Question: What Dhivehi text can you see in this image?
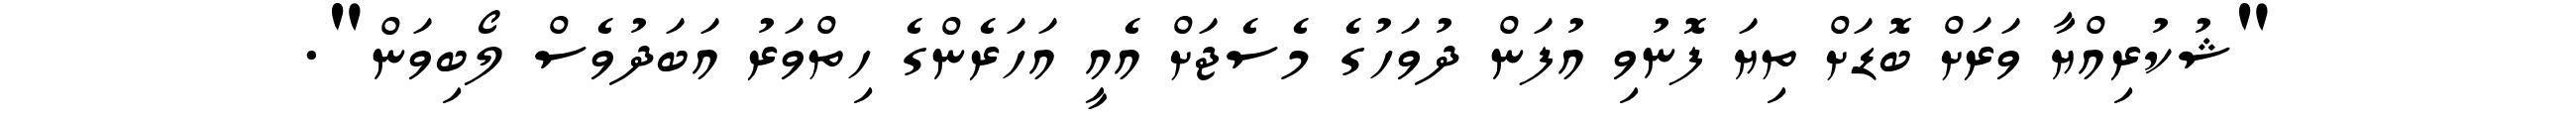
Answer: "ޝުކުރިއްޔާ ވަރަށް ބޮޑަށް ތިޔަ ފޮނުވި އުފަން ދުވަހުގެ މެސެޖަށް އެއީ އަހަރެންގެ ހިތްވަރު އަބަދުވެސް ލޯބިވަން".